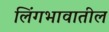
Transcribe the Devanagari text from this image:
लिंगभावातील